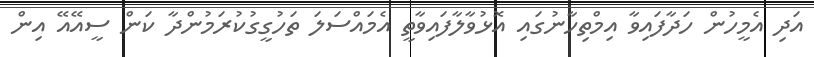
އަދި އެމީހުން ހަދާފައިވާ އިމްތިހާނުގައި އޮޅުވާލާފައިވާތީ އެމައްސަލަ ތަހުގީގުކުރަމުންދާ ކަން ސީއޭއޭ އިން